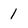
Character: 1